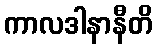
ကာလဒါနာနီတိ